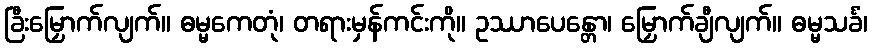
ခြီးမြှောက်လျက်။ ဓမ္မကေတုံ၊ တရားမှန်ကင်းကို။ ဥဿာပေန္တော၊ မြှောက်ချီလျက်။ ဓမ္မသင်္ခံ၊